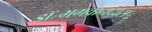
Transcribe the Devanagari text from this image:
डॉ॰भगवानदास